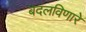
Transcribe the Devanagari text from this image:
बदलविणारे